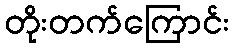
တိုးတက်ကြောင်း